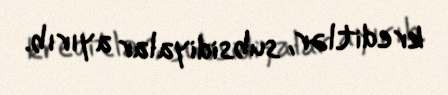
kreditlər, subsidiyalar ayırıb.